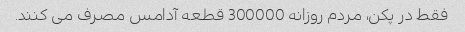
فقط در پکن، مردم روزانه 300000 قطعه آدامس مصرف می کنند.